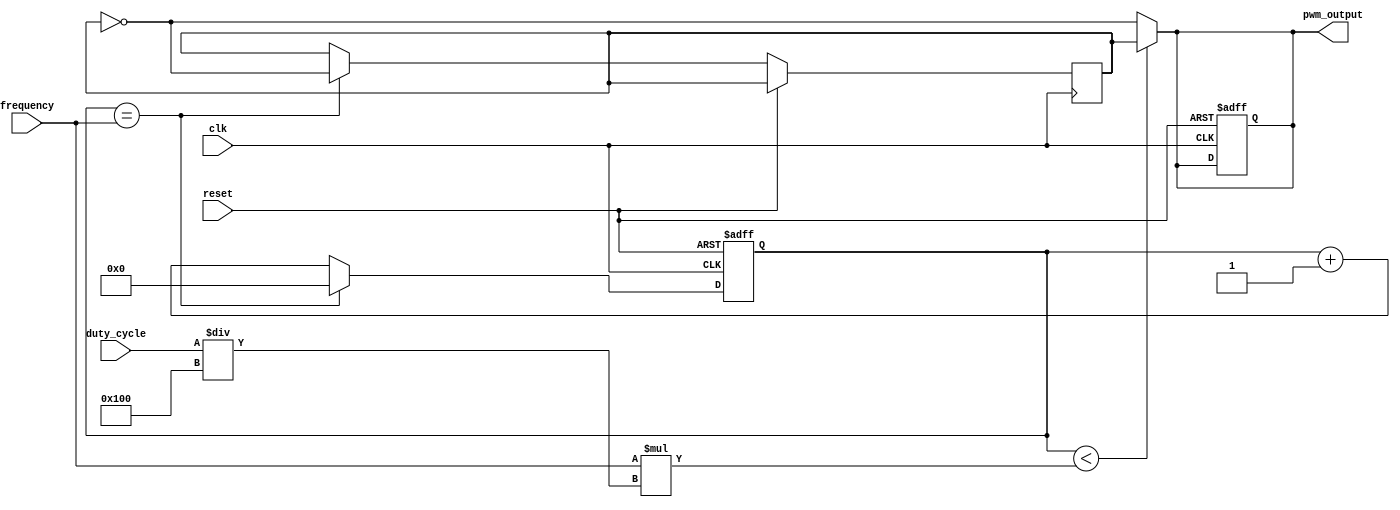
module pwm_timer (
    input wire clk,
    input wire reset,
    input wire [7:0] duty_cycle,
    input wire [15:0] frequency,
    output reg pwm_output
);

reg [15:0] count;
reg pwm_signal;

always @(posedge clk or posedge reset) begin
    if (reset) begin
        count <= 16'h0000;
        pwm_output <= 1'b0;
    end else begin
        count <= count + 1;
        if (count == frequency) begin
            count <= 16'h0000;
            pwm_signal <= ~pwm_signal;
        end
    end
end

always @(*) begin
    if (count < (frequency * (duty_cycle/256))) begin
        pwm_output <= pwm_signal;
    end else begin
        pwm_output <= ~pwm_signal;
    end
end

endmodule